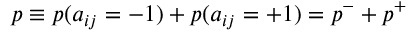
p \equiv p ( a _ { i j } = - 1 ) + p ( a _ { i j } = + 1 ) = p ^ { - } + p ^ { + }